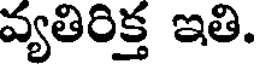
వ్యతిరిక్త ఇతి.